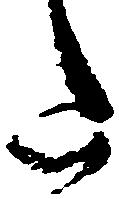
た